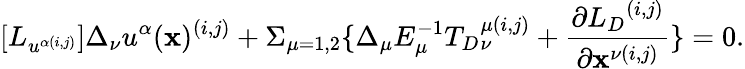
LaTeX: [{L}_{u^{\alpha(i,j)}}]\Delta_{\nu}u^{\alpha}(\mathbf{x})^{(i,j)}+\Sigma_{\mu=1,2}\{ \Delta_{\mu}E_{\mu}^{-1}{{T}_{D}}_{\nu}^{\mu(i,j)}+\frac{{\partial{{L}_{D}}^{(i,j)}}}{{\partial\mathbf{x}^{\nu(i,j)}}}\} =0.